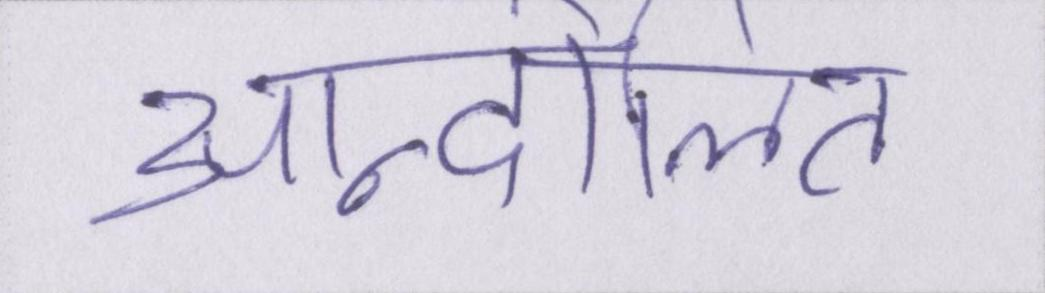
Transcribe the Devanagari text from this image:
आन्दोलित